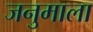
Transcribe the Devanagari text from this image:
जनुमाला